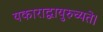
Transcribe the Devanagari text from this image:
यकाराद्वायुरुच्यते।